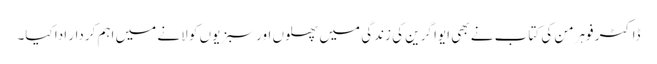
ڈاکٹر فوہرمن کی کتاب نے بھی ایوا گرین کی زندگی میں پھلوں اور سبزیوں کو لانے میں اہم کردار ادا کیا۔